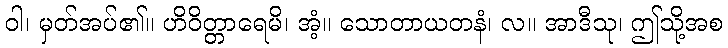
ဝါ၊ မှတ်အပ်၏။ ဟိဝိတ္တာရေမိ၊ အံ့။ သောတာယတနံ၊ လ။ အာဒီသု၊ ဤသို့အစ